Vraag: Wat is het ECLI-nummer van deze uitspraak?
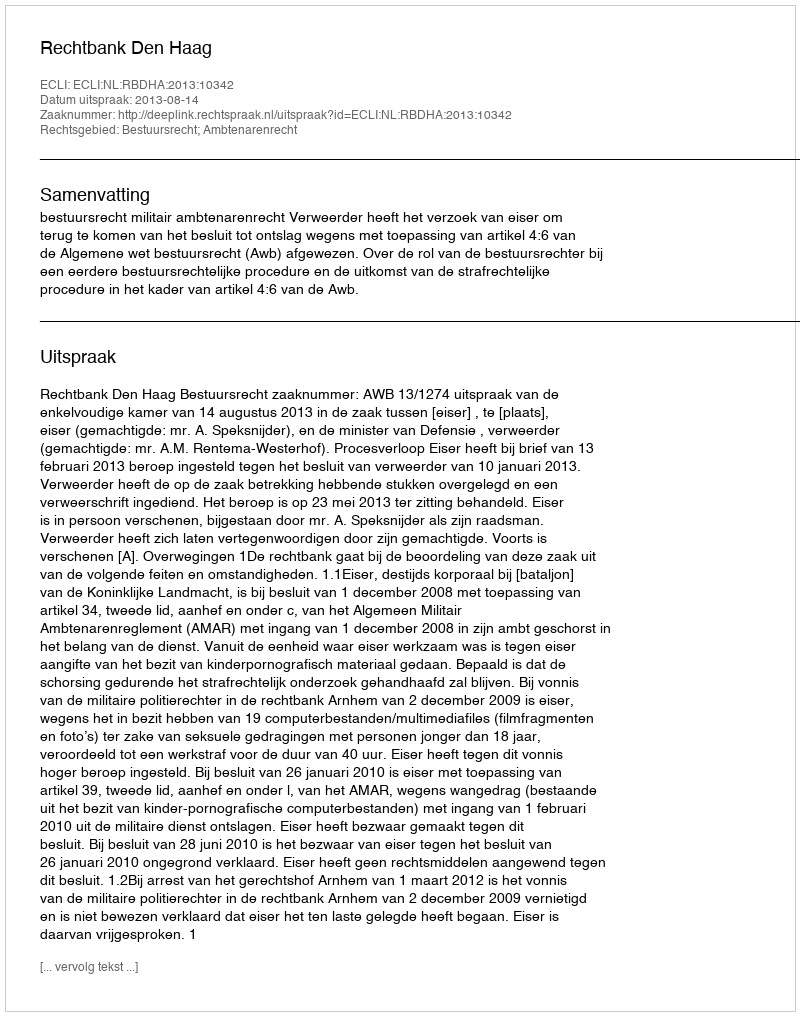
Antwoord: ECLI:NL:RBDHA:2013:10342